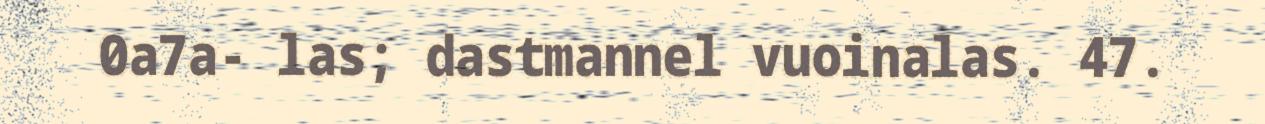
0a7a- las; dastmannel vuoinalas. 47.